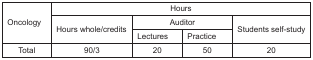
<table><thead><tr><td rowspan="3"><b>Oncology</b></td><td colspan="4"><b>Hours</b></td></tr><tr><td rowspan="2"><b>Hours whole/credits</b></td><td colspan="2"><b>Auditor</b></td><td rowspan="2"><b>Students self-study</b></td></tr><tr><td><b>Lectures</b></td><td><b>Practice</b></td></tr></thead><tbody><tr><td>Total</td><td>90/3</td><td>20</td><td>50</td><td>20</td></tr></tbody></table>